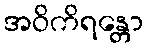
အဝိကိရန္တော